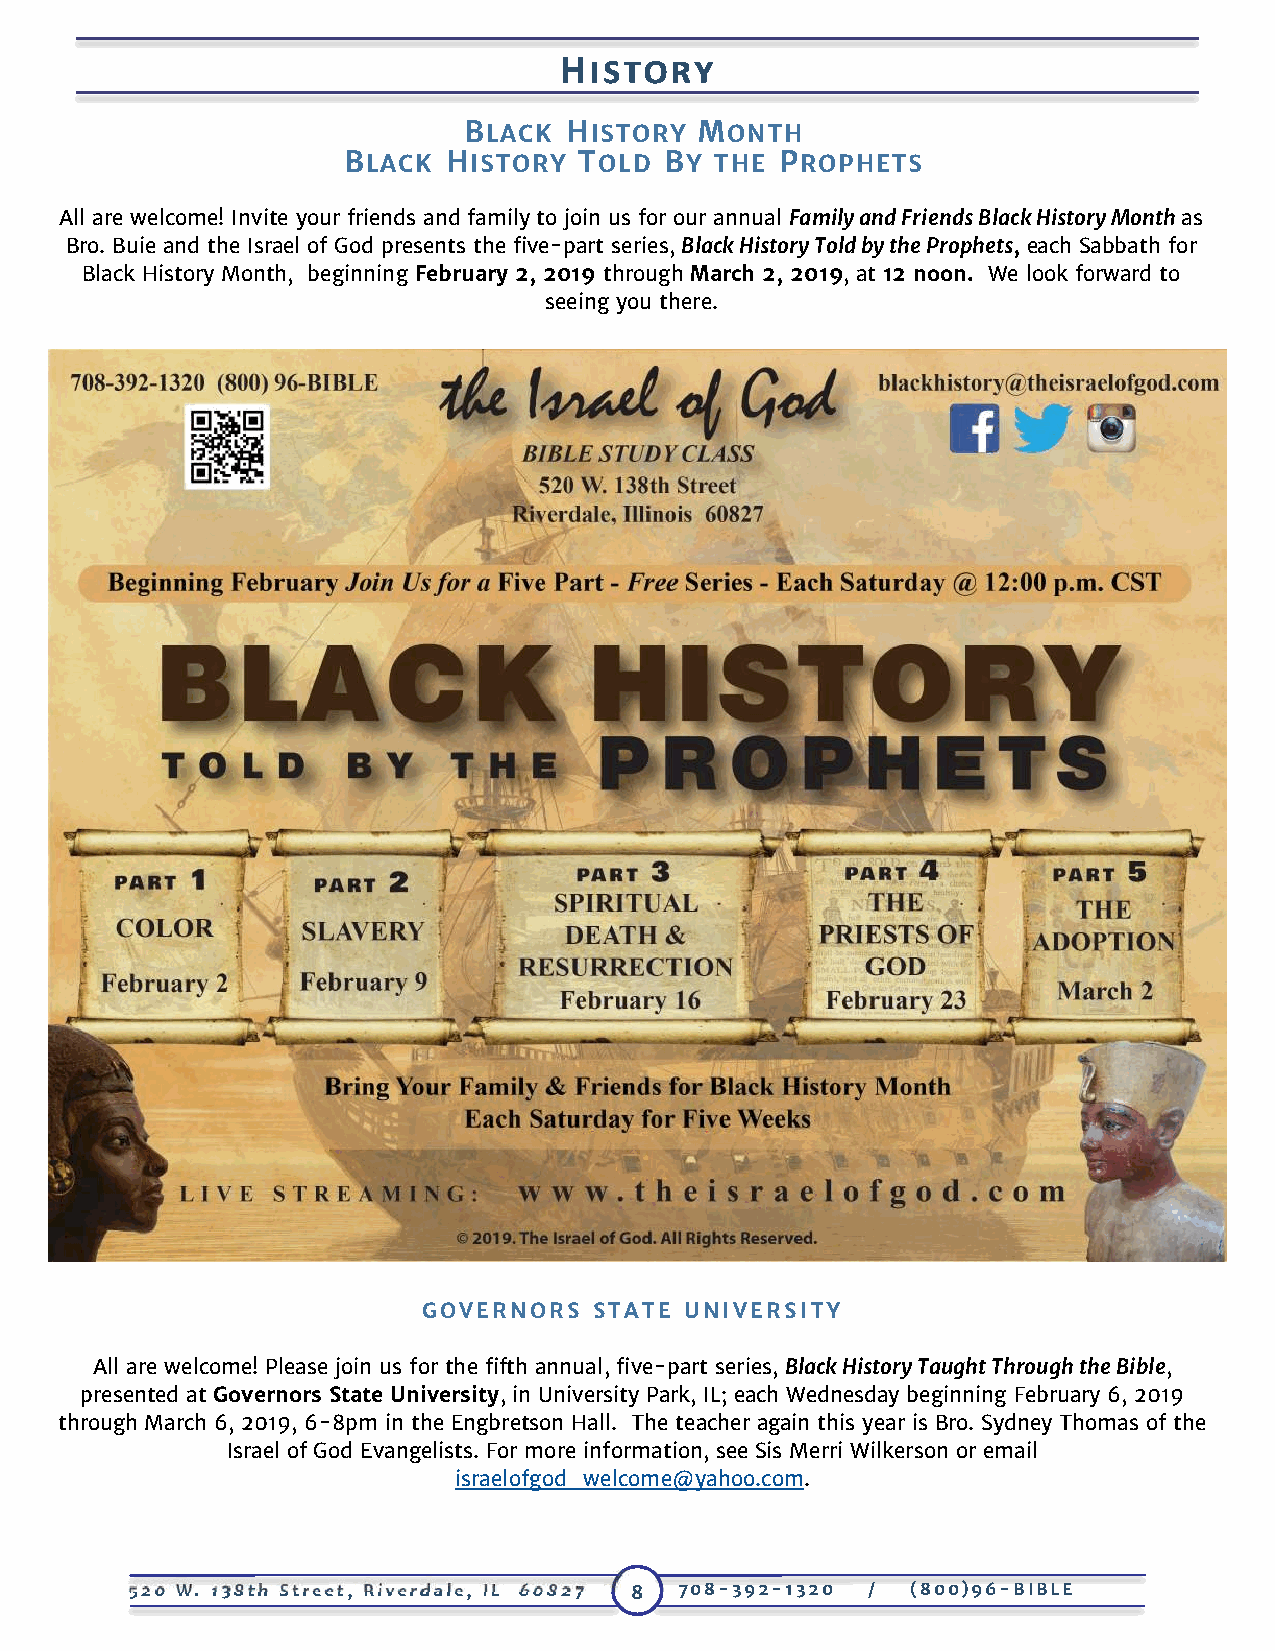
HISTORY
 BLACK HISTORY  MONTH
 BLACK HISTORY  TOLD  BY THE  PROPHETS
 All are welcome! Invite your friends and family to join us for our annual Family and Friends Black History Month as
 Bro. Buie and the Israel of God presents the five-part series, Black History Told by the Prophets, each Sabbath for
 Black History Month, beginning February 2, 2019 through March 2, 2019, at 12 noon. We look forward to
 seeing you there.
 GOVERNORS  STATE UNIVERSITY
 All are welcome! Please join us for the fifth annual, five-part series, Black History Taught Through the Bible,
 presented at Governors State University, in University Park, IL; each Wednesday beginning February 6, 2019
 through March 6, 2019, 6-8pm in the Engbretson Hall. The teacher again this year is Bro. Sydney Thomas of the
 Israel of God Evangelists. For more information, see Sis Merri Wilkerson or email
 israelofgod_welcome@yahoo.com.
 520 W. 138th Street, Riverdale, IL 60827 8 708-392-1320 / (800)96-BIBLE